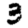
Digit: 3